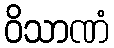
ဝိသာဏံ